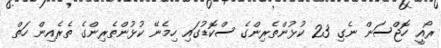
ރޯއީ ހޮޖްސަން ނެގި 23 ކުޅުންތެރިންގެ ސްކޮޑުގައި ހިމެނޭ ކުޅުންތެރިންގެ ތެރެއިން ހަތް